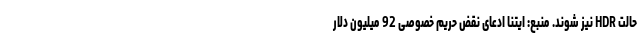
حالت HDR نیز شوند. منبع: ایتنا ادعای نقض حریم خصوصی 92 میلیون دلار